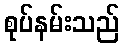
စုပ်နမ်းသည်